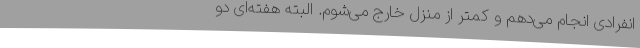
انفرادی انجام می‌دهم و کمتر از منزل خارج می‌شوم. البته هفته‌ای دو